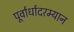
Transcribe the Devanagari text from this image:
पूर्वार्धादरम्यान